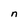
Character: n